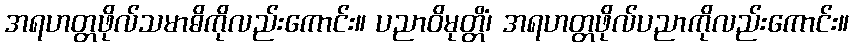
အရဟတ္တဖိုလ်သမာဓိကိုလည်းကောင်း။ ပညာဝိမုတ္တိံ၊ အရဟတ္တဖိုလ်ပညာကိုလည်းကောင်း။